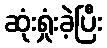
ဆုံးရှုံးခဲ့ပြီး